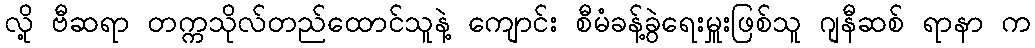
လို့ ဗီဆရာ တက္ကသိုလ်တည်ထောင်သူနဲ့ ကျောင်း စီမံခန့်ခွဲရေးမှူးဖြစ်သူ ဂျနီဆစ် ရာနာ က